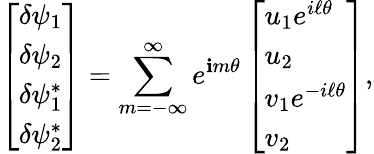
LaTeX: \left[\begin{array}{l}{\delta\psi_{1}}\\ {\delta\psi_{2}}\\ {\delta\psi_{1}^{*}}\\ {\delta\psi_{2}^{*}}\end{array}\right]=\sum_{m=-\infty}^{\infty}e^{\mathbf{i}m\theta}\left[\begin{array}{l}{u_{1}e^{i\ell\theta}}\\ {u_{2}}\\ {v_{1}e^{-i\ell\theta}}\\ {v_{2}}\end{array}\right],